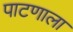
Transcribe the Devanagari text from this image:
पाटणाला